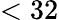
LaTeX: <32